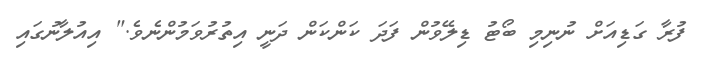
ފުރާ ގަޑިއަށް ނުނިމި ބޯޓު ޑިލޭވުން ފަދަ ކަންކަން ދަނީ އިތުރުވަމުންނެވެ." އިއުލާނުގައި